Kohila_vallavalitsus, lk 116
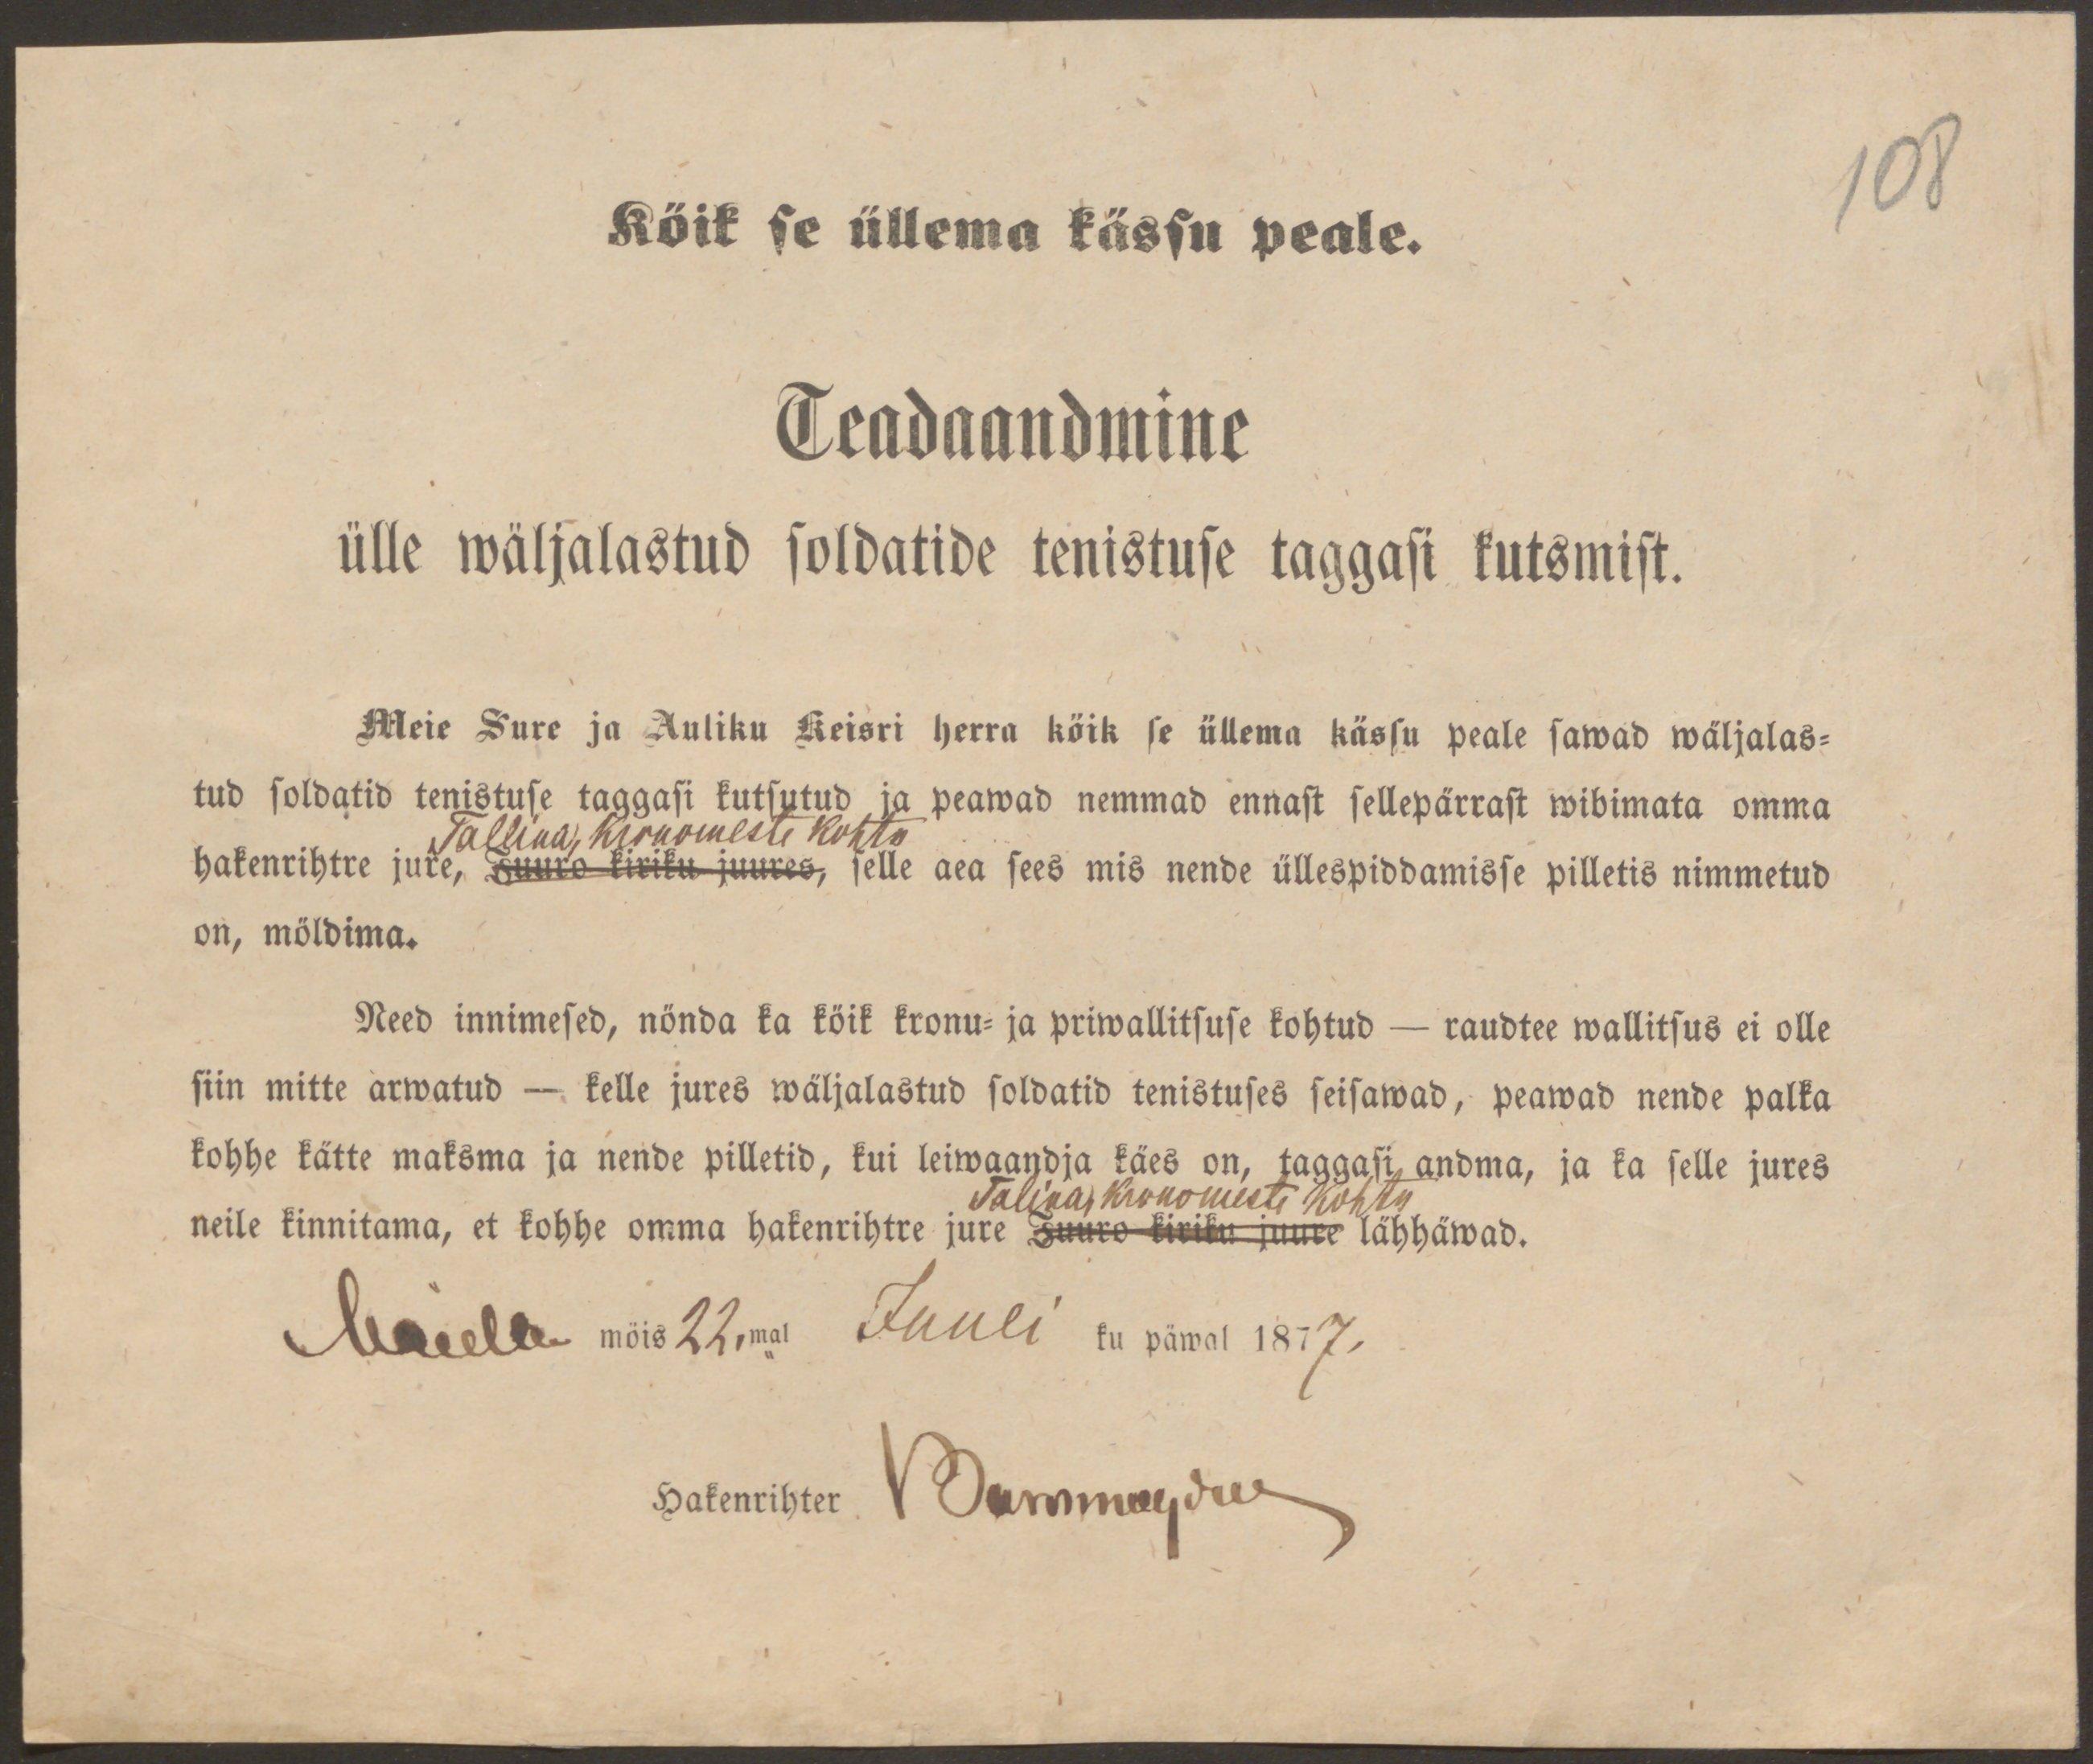
108

Köik se üllema kässu peale.
Teadaandmine
ülle wäljalastud soldatide tenistuse taggasi kutsmist.
Meie Sure ja Auliku Keisri herra köik se üllema kässu peale sawad wäljalas-
tud soldatid tenistuse taggasi kutsutud ja peawad nemmad ennast sellepärrast wibimata omma
Tallina kirkomeste kohtu
hakenrihte jure, Juuro kiriku juures, selle aea sees mis nende üllespidamisse pilletis nimmetud
on, möldima.
Need innimesed, nönda ka kõik kronu- ja priwallitsuse kohtud - raudtee wallitsus ei olle
siin mitte arwatud – kelle jures wäljalastud soldatid tenistuses seisawad, peawad nende palka
kohhe kätte maksma ja nende pilletid, kui leiwaandja käes on, taggasi andma, ja ka selle jures
Talina kirkomeste kohtu
neile kinnitama, et kohhe omma hakenrihtre jure Juuro kiriku juure lähhäwad.
Maidla möis 22,mal Juuli ku päwal 1877.
Hakenrihter
dammeeldus